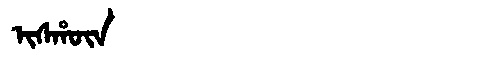
Manchu: ᡳᠰᡥᡡᠨ
Romanization: ISHŪN